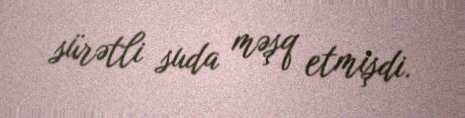
sürətli suda məşq etmişdi.